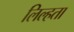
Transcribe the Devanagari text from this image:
लिल्हता